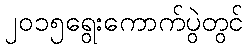
၂၀၁၅ရွေးကောက်ပွဲတွင်